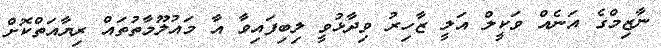
ނާޒިމްގެ އަނެއް ވަކީލް އަލީ ޒާހިރު ވިދާޅުވީ ލިބިފައިވާ އާ މައުލޫމާތުތައް ރިޔާއަތްކޮށް